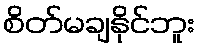
စိတ်မချနိုင်ဘူး